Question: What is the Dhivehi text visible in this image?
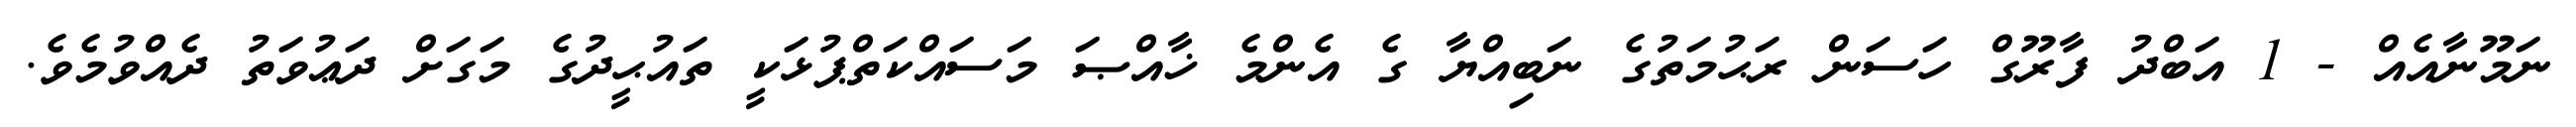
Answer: ނަމޫނާއެއް - 1 އަބްދު ފާރޫގް ހަސަން ރަޙުމަތުގެ ނަބިއްޔާ ގެ އެންމެ ޚާއްޞަ މަސައްކަތްޕުޅަކީ ތައުޙީދުގެ މަގަށް ދަޢުވަތު ދެއްވުމެވެ.